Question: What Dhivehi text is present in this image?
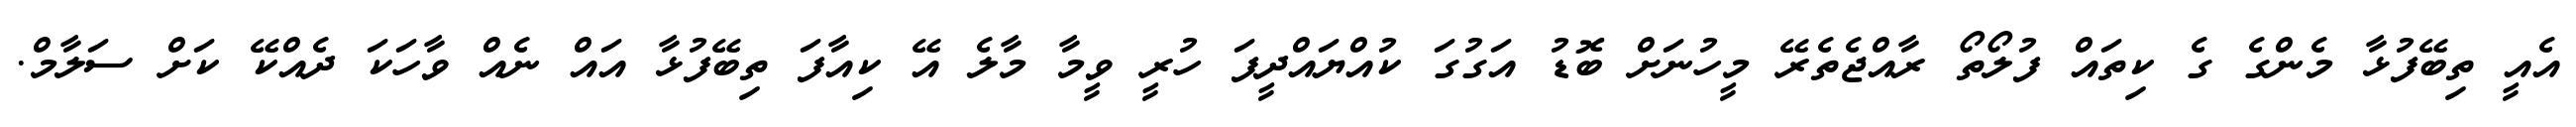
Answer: އެއީ ތިބޭފުޅާ މެންގެ ގެ ކިތައް ފުލޯތޯ ރާއްޖެތެރޭ މީހުނަށް ބޮޑު އަގުގަ ކުއްޔައްދީފަ ހުރީ ވީމާ މާލެ އޭ ކިއާފަ ތިބޭފުޅާ އައް ނެއް ވާހަކަ ދެއްކޭ ކަށް ސަލާމް.